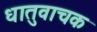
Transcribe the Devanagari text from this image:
धातुवाचक